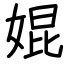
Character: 婫